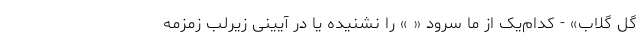
گل گلاب» - کدام‌یک از ما سرود « » را نشنیده یا در آیینی زیر‌لب زمزمه